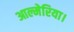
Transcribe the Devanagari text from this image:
आल्मेरिया।